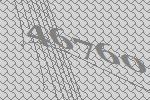
46760